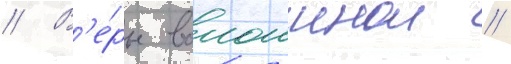
// В'е́ры волошинои //